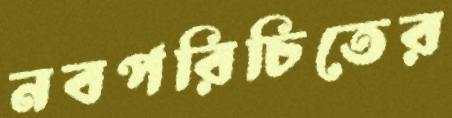
নবপরিচিতের